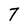
Character: 7